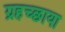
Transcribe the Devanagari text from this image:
ग्रहच्छाया